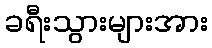
ခရီးသွားများအား